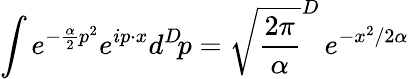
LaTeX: \int e^{-{\frac{\alpha}{2}}p^{2}}e^{ip\cdot x}d^{D}\! p=\sqrt{\frac{2\pi}{\alpha}}^{D}\, e^{-x^{2}/2\alpha}